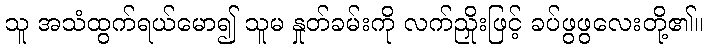
သူ အသံထွက်ရယ်မော၍ သူမ နှုတ်ခမ်းကို လက်ညှိုးဖြင့် ခပ်ဖွဖွလေးတို့၏။